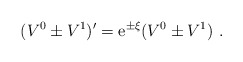
\begin{align*}(V^0 \pm V^1 ) ' = {\rm e}^{\pm \xi} (V^0 \pm V^1) \ .\end{align*}